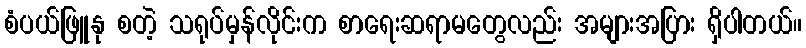
စံပယ်ဖြူနု စတဲ့ သရုပ်မှန်လိုင်းက စာရေးဆရာမတွေလည်း အများအပြား ရှိပါတယ်။